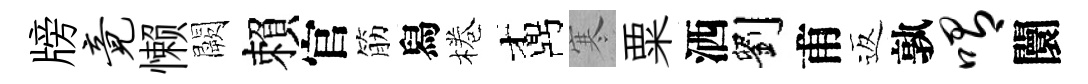
牓竟懒闕賴官筋舄棬鼒寒粟洒劉甫返孰喟闤